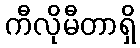
ကီလိုမီတာရှိ